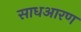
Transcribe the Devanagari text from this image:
साधआरण